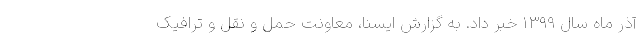
آذر ماه سال ١٣٩٩ خبر داد. به گزارش ایسنا، معاونت حمل و نقل و ترافیک